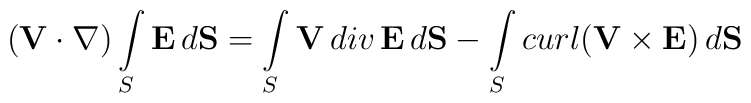
({\bf V}\cdot\nabla)\int\limits_S {\bf E}\,d{\bf S}=\int\limits_S {\bf V}\,div\,{\bf E}\,d{\bf S}-\int\limits_S curl({\bf V}\times{\bf E})\,d{\bf S}